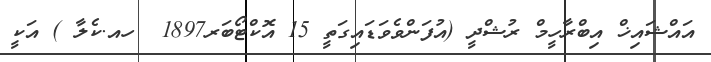
އައްޝައިޚް އިބްރާހީމް ރުޝްދީ (އުފަންވެވަޑައިގަތީ 15 އޮކްޓޯބަރ1897  ހއ.ކެލާ ) އަކީ